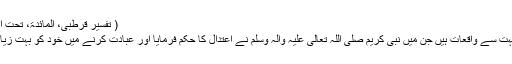
( تفسیر قرطبی، المائدۃ، تحت الآیۃ: ۸۷، ۳ / ۱۵۶، الجزء السادس)
احادیث ِ مبارکہ میں اس طرح کے بہت سے واقعات ہیں جن میں نبی کریم صَلَّی اللہُ تَعَالٰی عَلَیْہِ وَاٰلِہٖ وَسَلَّمَ نے اعتدال کا حکم فرمایا اور عبادت کرنے میں خود کو بہت زیادہ تکلیف میں ڈالنے سے منع فرمایا ۔